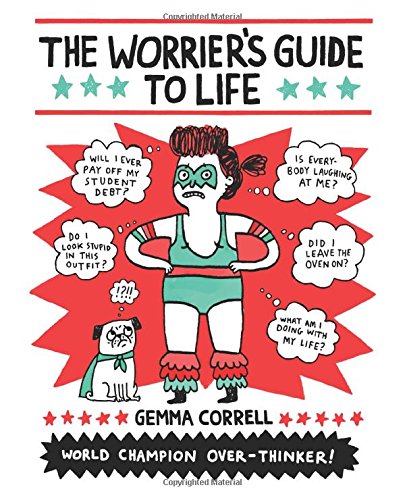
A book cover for The Worrier's Guide to Life; Gemma Correll; Comics & Graphic Novels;